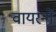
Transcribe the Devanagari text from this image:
वायरनों